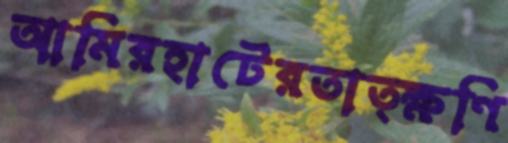
আমিরহাটেরতাত্ক্ষণি